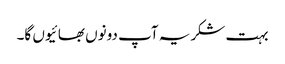
بہت شکریہ آپ دونوں بھائیوں گا۔